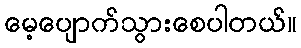
မေ့ပျောက်သွားစေပါတယ်။